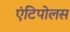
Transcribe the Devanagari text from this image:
एंटिपोलस